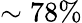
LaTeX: \sim 78\%